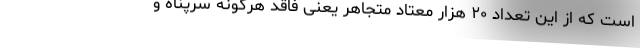
است که از این تعداد ۲۰ هزار معتاد متجاهر یعنی فاقد هرگونه سرپناه و